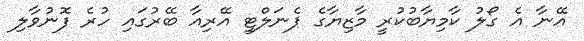
އޭނާ އެ ގޯލު ކާމިޔާބުކުރީ މާޒިޔާގެ ޕެނަލްޓީ އޭރިއާ ބޭރުގައި ހުރެ ފޮނުވާލި